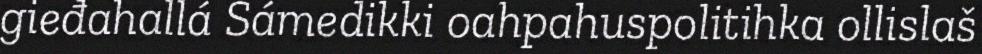
gieđahallá Sámedikki oahpahuspolitihka ollislaš